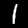
Label: 1